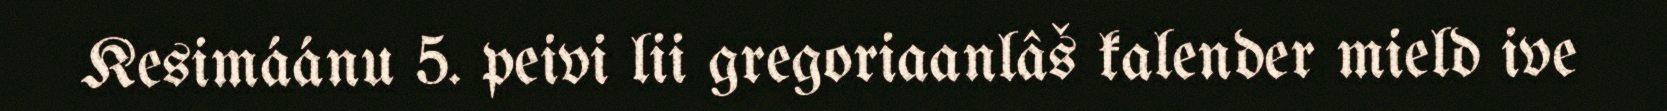
Kesimáánu 5. peivi lii gregoriaanlâš kalender mield ive